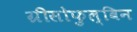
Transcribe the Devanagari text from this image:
ग्रीसोफुल्विन